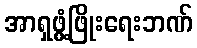
အာရှဖွံ့ဖြိုးရေးဘဏ်